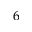
6